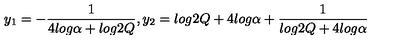
y _ { 1 } = - \frac { 1 } { 4 l o g \alpha + l o g 2 Q } , y _ { 2 } = l o g 2 Q + 4 l o g \alpha + \frac { 1 } { l o g 2 Q + 4 l o g \alpha }